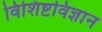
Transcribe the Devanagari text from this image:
विशिष्टविज्ञान